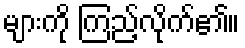
များကို ကြည့်လိုက်၏။